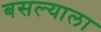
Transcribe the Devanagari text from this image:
बसल्याला